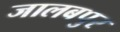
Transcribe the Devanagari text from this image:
जालबपुर